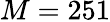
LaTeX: M=251